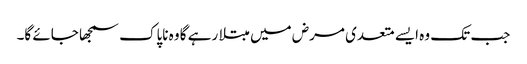
جب تک وہ ایسے متعدی مرض میں مبتلا رہے گا وہ ناپاک سمجھا جائے گا۔